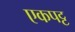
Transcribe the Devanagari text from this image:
एकपट्ट